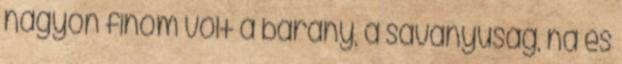
nagyon finom volt a bárány, a savanyuság, na és